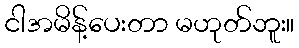
ငါအမိန့်ပေးတာ မဟုတ်ဘူး။